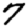
Digit: 7